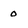
Character: o